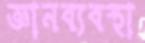
জ্ঞানব্যবস্থা